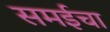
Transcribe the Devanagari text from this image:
समईचा